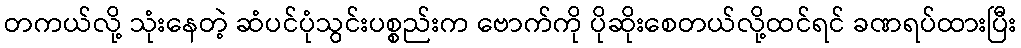
တကယ်လို့ သုံးနေတဲ့ ဆံပင်ပုံသွင်းပစ္စည်းက ဗောက်ကို ပိုဆိုးစေတယ်လို့ထင်ရင် ခဏရပ်ထားပြီး